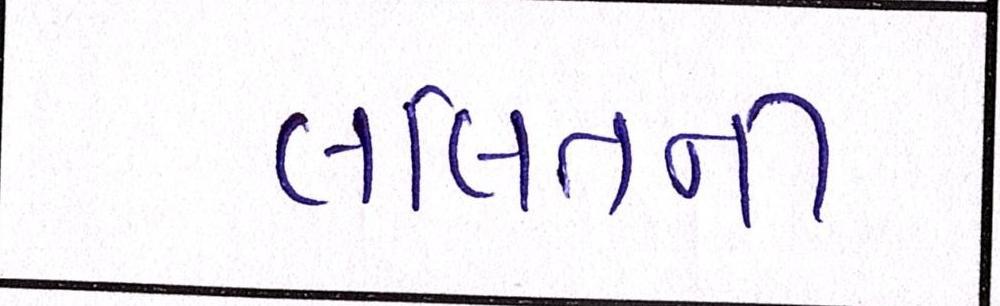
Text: લલિતની